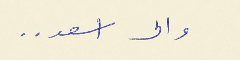
والى اسعد . .